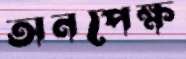
অনপেক্ষ